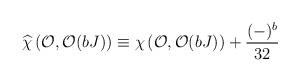
LaTeX: \begin{align*}\widehat{\chi}\left({\cal O},{\cal O}(bJ)\right) \equiv \chi\left({\cal O},{\cal O}(bJ)\right)+{{(-)^b}\over{32}}\end{align*}